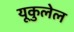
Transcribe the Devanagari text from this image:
यूकुलेल